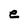
Character: e